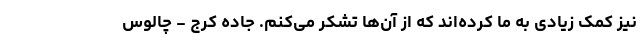
نیز کمک زیادی به ما کرده‌اند که از آن‌ها تشکر می‌کنم. جاده کرج - چالوس